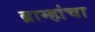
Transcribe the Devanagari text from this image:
ब्राम्हांचा